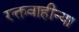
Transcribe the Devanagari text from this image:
रक्तवाहीन्या